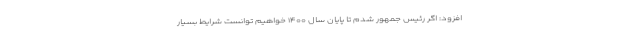
افزود: اگر رئیس جمهور شدم تا پایان سال ۱۴۰۰ خواهیم توانست شرایط بسیار